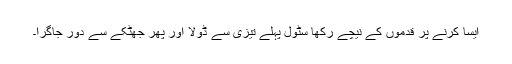
ایسا کرنے پر قدموں کے نیچے رکھا سٹول پہلے تیزی سے ڈولا اور پھر جھٹکے سے دور جاگرا۔